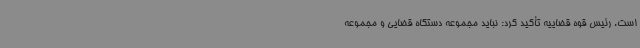
است. رئیس قوه قضاییه تأکید کرد: نباید مجموعه دستگاه قضایی و مجموعه